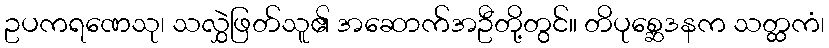
ဥပကရဏေသု၊ သလွှဲဖြတ်သူ၏ အဆောက်အဦတို့တွင်။ တိပုစ္ဆေဒနက သတ္ထကံ၊